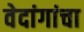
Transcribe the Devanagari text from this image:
वेदांगांचा